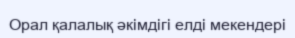
Орал қалалық әкімдігі елді мекендері